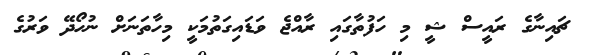
ޗައިނާގެ ރައީސް ޝީ މި ހަފުތާގައި ރާއްޖެ ވަޑައިގަތުމަކީ މިހާތަނަށް ނުހޯދޭ ވަރުގެ